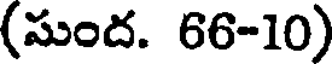
(సుంద. 66-10)